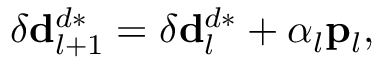
\delta \mathbf { d } _ { l + 1 } ^ { d * } = \delta \mathbf { d } _ { { l } } ^ { d * } + \alpha _ { l } \mathbf { p } _ { l } ,